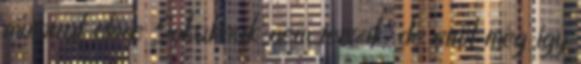
motorral előre Sokaknak nem tetszik, de ettől még így